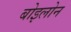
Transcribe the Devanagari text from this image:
बोइलोन